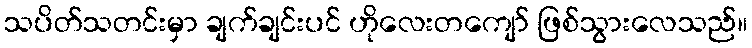
သပိတ်သတင်းမှာ ချက်ချင်းပင် ဟိုလေးတကျော် ဖြစ်သွားလေသည်။